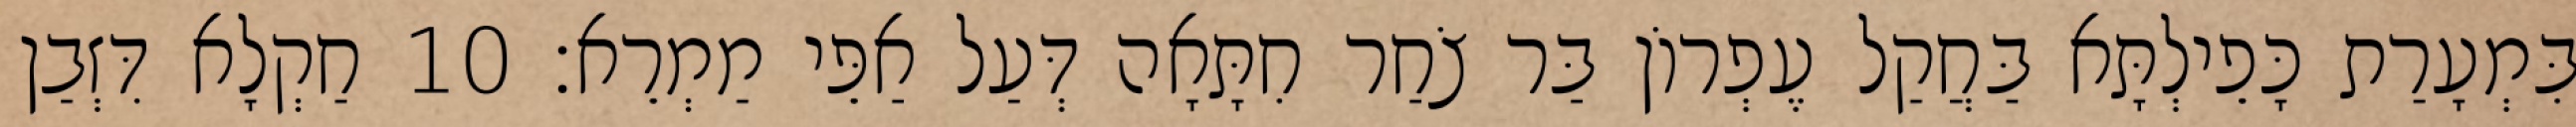
בִּמְעָרַת כָּפֵילְתָּא בַּחֲקַל עֶפְרוֹן בַּר צֹחַר חִתָּאָה דְּעַל אַפֵּי מַמְרֵא׃ 10 חַקְלָא דִּזְבַן